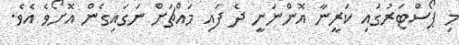
މި ޕޯސްޓަރުގައި ކަރީނާ އޮންނަނީ ދެ ފައި މައްޗަށް ނަގައިގެން އޮށޯވެ އެވެ.